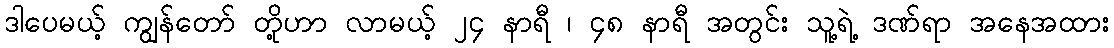
ဒါပေမယ့် ကျွန်တော် တို့ဟာ လာမယ့် ၂၄ နာရီ ၊ ၄၈ နာရီ အတွင်း သူ့ရဲ့ ဒဏ်ရာ အနေအထား